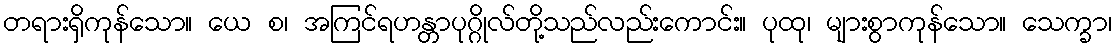
တရားရှိကုန်သော။ ယေ စ၊ အကြင်ရဟန္တာပုဂ္ဂိုလ်တို့သည်လည်းကောင်း။ ပုထု၊ များစွာကုန်သော။ သေက္ခာ၊